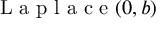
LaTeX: { \textrm { L a p l a c e } } ( 0 , b )